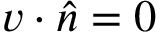
\boldsymbol { v } \cdot \boldsymbol { \hat { n } } = 0